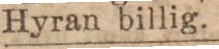
Hyran billig.